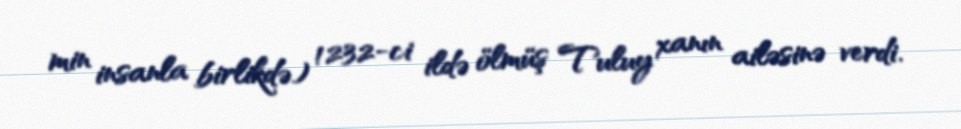
min insanla birlikdə) 1232-ci ildə ölmüş Tuluy xanın ailəsinə verdi.